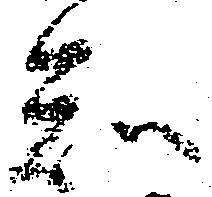
知